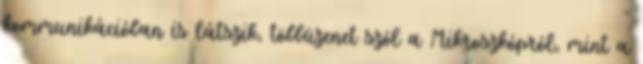
kommunikációban is látszik, többüzenet szól a Mikroszkópról, mint a